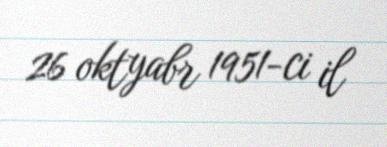
26 oktyabr 1951-ci il